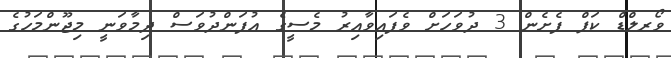
ވޯރލްޑް ކަޕް ފެށެން 3 ދުވަހަށް ވެފައިވާއިރު މެސީގެ އުފަންދުވަސް ދިމާވަނީ މިޖޫންމަހުގެ